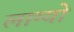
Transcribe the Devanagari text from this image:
लाग्यो